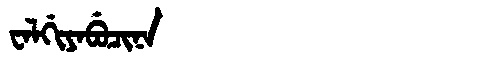
Manchu: ᠸᠠᠯᡤᡳᠶᠠᠪᡠᠴᡳᠨᠠ
Romanization: WALGIYABUCINA